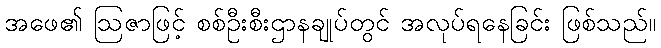
အဖေ၏ ဩဇာဖြင့် စစ်ဦးစီးဌာနချုပ်တွင် အလုပ်ရနေခြင်း ဖြစ်သည်။